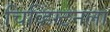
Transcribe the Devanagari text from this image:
चिव्हिंग्टनला